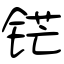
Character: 铓